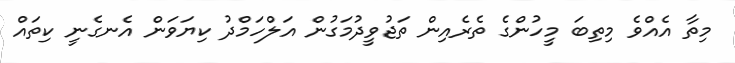
މިތާ އެއްވެ މިތިބަ މީހުންގެ ތެރެއިން ތަޖުވީދުމަގުން އަލްހަމްދު ކިޔަވަން އެނގެނީ ކިތައް